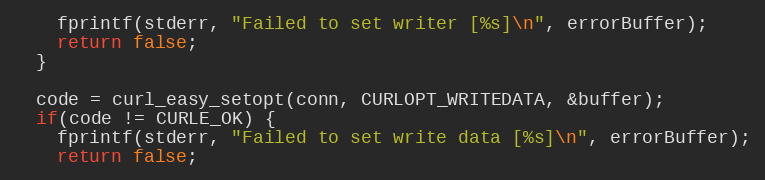
Language: C++
    fprintf(stderr, "Failed to set writer [%s]\n", errorBuffer);
    return false;
  }

  code = curl_easy_setopt(conn, CURLOPT_WRITEDATA, &buffer);
  if(code != CURLE_OK) {
    fprintf(stderr, "Failed to set write data [%s]\n", errorBuffer);
    return false;